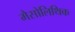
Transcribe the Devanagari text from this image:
मैसोलिथिक